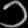
Digit: ၁